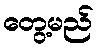
တွေ့မည်